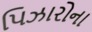
પિઝારોના